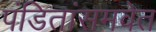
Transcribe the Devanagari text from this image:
पंडितांसमवेत